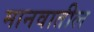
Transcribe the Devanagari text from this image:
मानवातील